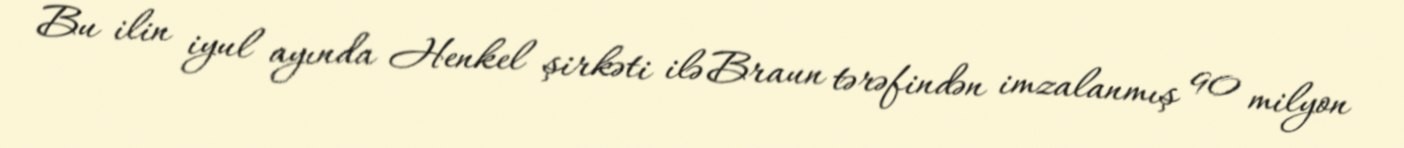
Bu ilin iyul ayında Henkel şirkəti ilə Braun tərəfindən imzalanmış 90 milyon